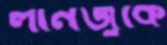
লানজুকে